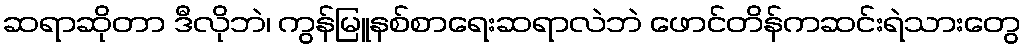
ဆရာဆိုတာ ဒီလိုဘဲ၊ ကွန်မြူနစ်စာရေးဆရာလဲဘဲ ဖောင်တိန်ကဆင်းရဲသားတွေ